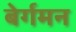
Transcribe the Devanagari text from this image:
बेर्गमन